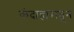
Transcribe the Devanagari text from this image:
कंदाहारातून